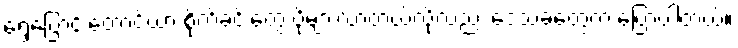
ရွှေ့ပြောင်းတောင်ယာ စိုက်ခင်းတွေ ပိုများလာတယ်လို့လည်း ဒေသခံတွေက ပြောပါတယ်။